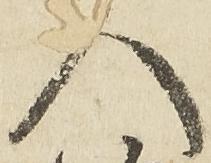
人